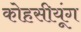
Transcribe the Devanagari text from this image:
कोहसीयूंग